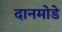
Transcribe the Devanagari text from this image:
दानमोडे